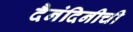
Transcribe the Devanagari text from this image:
दैनंदिनीची